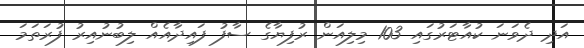
އަދި ދެވަނަ ކުއާޓަރުގައި 103 މިލިއަން ރުފިޔާގެ ސާފު ފައިދާއެއް ލިބުނުއިރު ފުރަތަމަ